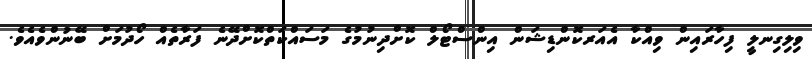
ވިލިގިނލީ ފިހާރައިން ވިއްކާ އެއަރކޮންޑިޝަން އިންސްޓޯލް ކޮށްދިނުމުގެ މަސައްކަތްކޮށްދޭނެ ފަރާތެއް ހޯދުމަށް ބޭނުންވެއެވެ.